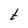
Character: t